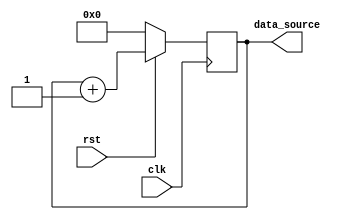
`timescale 1ns/1ns

module data_gen_counter #
	(
		parameter I2S_SENDER_TEST_DATA_WIDTH = 24
	)
	(
		input wire rst,
		input wire clk,
		output reg [I2S_SENDER_TEST_DATA_WIDTH - 1:0] data_source = 0
	);

	always @(posedge clk) begin
		if(rst == 0) begin
			data_source <= 0;
		end
		else begin
			data_source <= data_source + 1;
		end
	end
endmodule